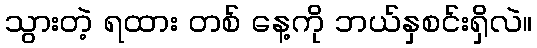
သွားတဲ့ ရထား တစ် နေ့ကို ဘယ်နှစင်းရှိလဲ။